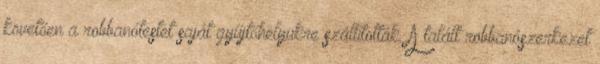
követően a robbanótestet saját gyűjtőhelyükre szállították. A talált robbanószerkezet